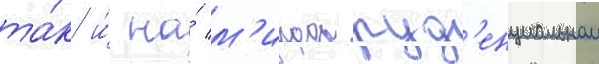
та́к и́ на́ м'икропруд'енциальном